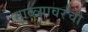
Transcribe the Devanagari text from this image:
माळ्यावरची